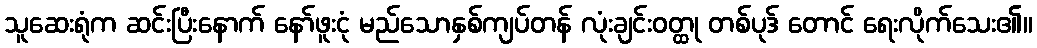
သူဆေးရုံက ဆင်းပြီးနောက် နော်ဖူးငုံ မည်သောနှစ်ကျပ်တန် လုံးချင်းဝတ္ထု တစ်ပုဒ် တောင် ရေးလိုက်သေး၏။